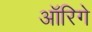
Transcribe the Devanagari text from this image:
ऑरिगे